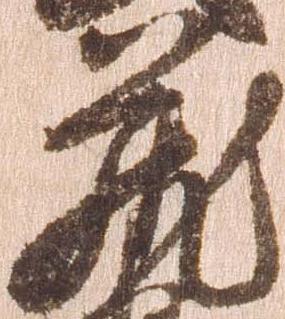
蔵